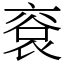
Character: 䘱